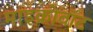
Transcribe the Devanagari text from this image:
माइक्रोवॉट